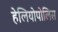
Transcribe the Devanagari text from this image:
हेलियोपोलिस